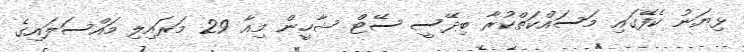
ޅިޔަނު ކެފޭގައި މަސައްކަތްކުރާ ބިދޭސީ ސޭޓް ޝާހީން މިއާ 29 މަރައިލި މައްސަލައިގެ